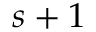
s + 1